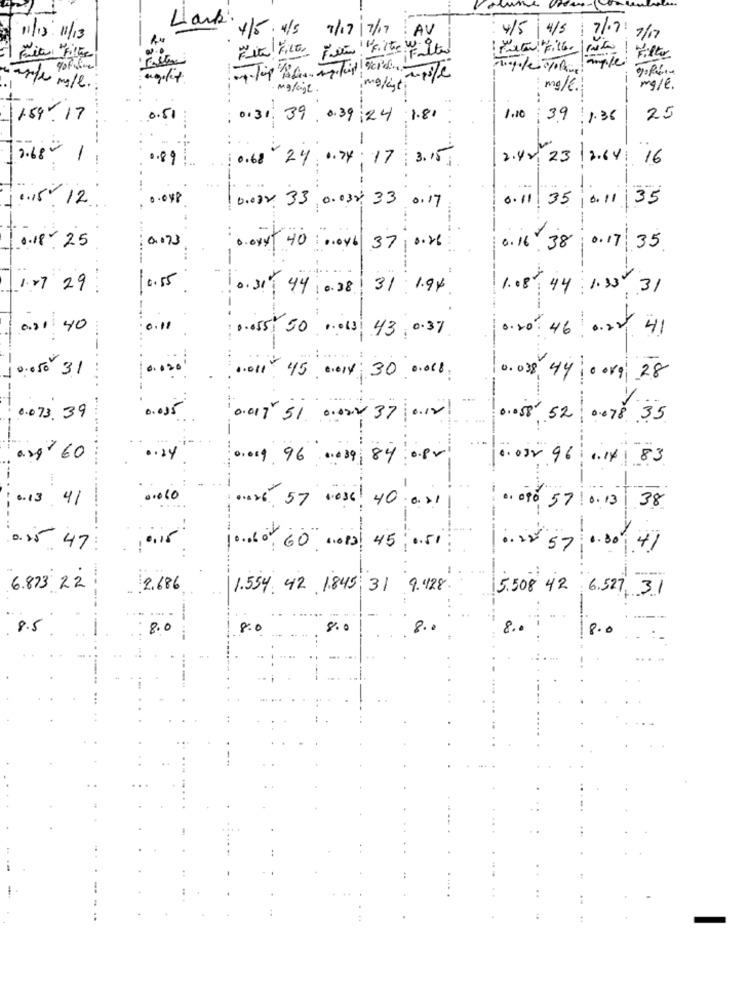
Lark.
4/5. 4/5
7/17/7/19
: AV
4/5 4/5
7/07
7/12
11/15/11/13
Fun! "Filtre W. gte
Filter
Fia Fille
mg / l . :
. mgligt .
imgligt
: mg/6.
mg/l.
1.89.17
0.51
0.31. 39,0.39.24 1.81
1.10 39 1.36
25
1
2.68- 1
2.48, 2312.14 : 16
0.68 24. 0.24 17 3.15
40.15/ 12
. . O48
0.11 35 0.11 35
0.084. 33, 0.038 33 0.17
1 0.18 .25
0.073
3.oxy- 40 : 0.046 37 0.26
0.16. 38 0.17 35
-
1.27 29:
10.55
0.31 44 0.38 31 1.94
1.08, 44 1.33, 31
021 40
:0.11
1.055 50 .1. 43 0.3%
.20 46 0.20 41
0.050 31
.011: 45 0.014 30 0.008;
0.038 44 00kg 28
V.
0.073.39
0.05
0.017 51 0.000 37 0.12
0.58 .52 0.78 35
-------
as/60
01019 96 0009 84 0.80
... ..
1. 032 96 1.14 83
0.13 . 41
... 10
0x 57 00se ! 40 001
0. 090 57 1 0.13 38
0.25 47
.22 57 0.30 41
6.873 22
2.686
1.554. 42, 1.845 31 9.428
5.508 42 6.527, 31
8.5
8.0
8:0
8.0
8.
8.
8.0
.: